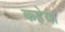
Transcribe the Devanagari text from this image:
कहेवा